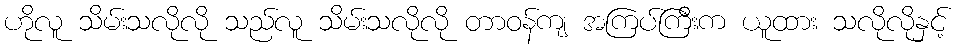
ဟိုလူ သိမ်းသလိုလို သည်လူ သိမ်းသလိုလို တာဝန်ကျ အကြပ်ကြီးက ယူထား သလိုလိုနှင့်